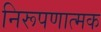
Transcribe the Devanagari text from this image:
निरूपणात्मक